Indian journal of veterinary science and animal husbandry - Volume 7,
Year: 1937
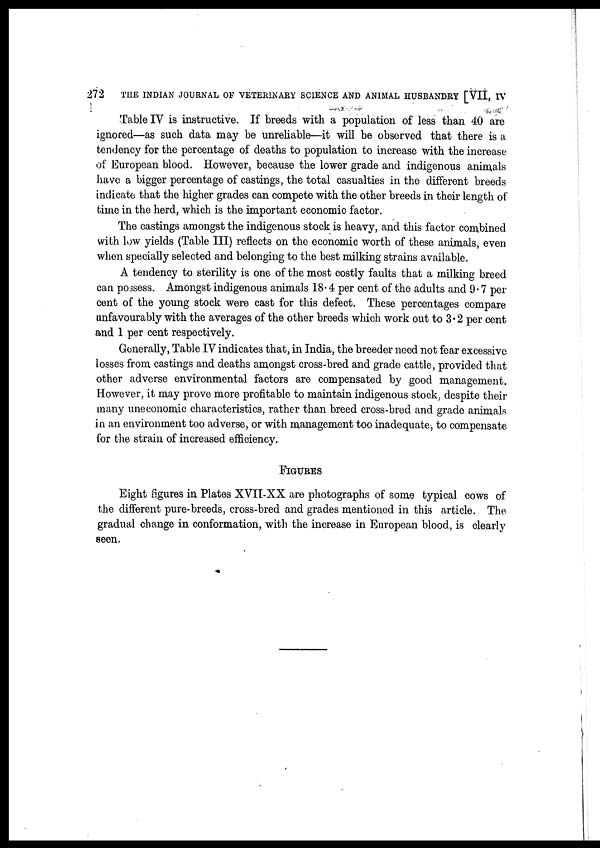
272
THE INDIAN JOURNAL OF VETERINARY SCIENCE AND ANIMAL HUSBANDRY [VII, IV
Table IV is instructive. If breeds with a population of less than 40 are
ignored—as such data may be unreliable—it will be observed that there is a
tendency for the percentage of deaths to population to increase with the increase
of European blood. However, because the lower grade and indigenous animals
have a bigger percentage of castings, the total casualties in the different breeds
indicate that the higher grades can compete with the other breeds in their length of
time in the herd, which is the important economic factor.
The castings amongst the indigenous stock is heavy, and this factor combined
with low yields (Table III) reflects on the economic worth of these animals, even
when specially selected and belonging to the best milking strains available.
A tendency to sterility is one of the most costly faults that a milking breed
can possess. Amongst indigenous animals 18.4 per cent of the adults and 9.7 per
cent of the young stock were cast for this defect. These percentages compare
unfavourably with the averages of the other breeds which work out to 3.2 per cent
and 1 per cent respectively.
Generally, Table IV indicates that, in India, the breeder need not fear excessive
losses from castings and deaths amongst cross-bred and grade cattle, provided that
other adverse environmental factors are compensated by good management.
However, it may prove more profitable to maintain indigenous stock, despite their
many uneconomic characteristics, rather than breed cross-bred and grade animals
in an environment too adverse, or with management too inadequate, to compensate
for the strain of increased efficiency.
FIGURES
Eight figures in Plates XVII-XX are photographs of some typical cows of
the different pure-breeds, cross-bred and grades mentioned in this article. The
gradual change in conformation, with the increase in European blood, is clearly
seen.